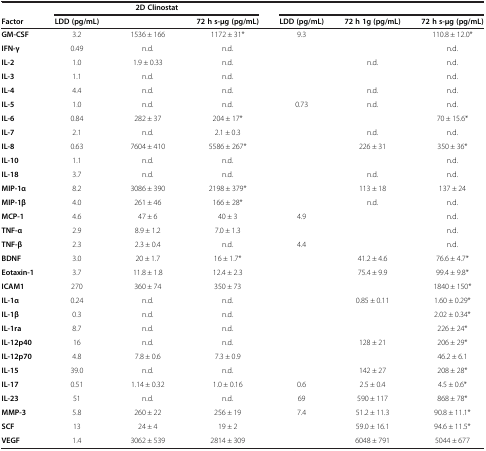
<table><thead><tr><td>[EMPTY_CELL]</td><td colspan="3"><b>2D Clinostat</b></td><td colspan="3">[EMPTY_CELL]</td></tr><tr><td><b>Factor</b></td><td><b>LDD (pg/mL)</b></td><td>[EMPTY_CELL]</td><td><b>72 h s-μg (pg/mL)</b></td><td><b>LDD (pg/mL)</b></td><td><b>72 h 1g (pg/mL)</b></td><td><b>72 h s-μg (pg/mL)</b></td></tr></thead><tbody><tr><td><b>GM-CSF</b></td><td>3.2</td><td>1536 ± 166</td><td>1172 ± 31*</td><td>9.3</td><td>[EMPTY_CELL]</td><td>110.8 ± 12.0*</td></tr><tr><td><b>IFN-γ</b></td><td>0.49</td><td>n.d.</td><td>n.d.</td><td>[EMPTY_CELL]</td><td>[EMPTY_CELL]</td><td>n.d.</td></tr><tr><td><b>IL-2</b></td><td>1.0</td><td>1.9 ± 0.33</td><td>n.d.</td><td>[EMPTY_CELL]</td><td>n.d.</td><td>n.d.</td></tr><tr><td><b>IL-3</b></td><td>1.1</td><td>n.d.</td><td>n.d.</td><td>[EMPTY_CELL]</td><td>[EMPTY_CELL]</td><td>n.d.</td></tr><tr><td><b>IL-4</b></td><td>4.4</td><td>n.d.</td><td>n.d.</td><td>[EMPTY_CELL]</td><td>n.d.</td><td>n.d.</td></tr><tr><td><b>IL-5</b></td><td>1.0</td><td>n.d.</td><td>n.d.</td><td>0.73</td><td>n.d.</td><td>n.d.</td></tr><tr><td><b>IL-6</b></td><td>0.84</td><td>282 ± 37</td><td>204 ± 17*</td><td>[EMPTY_CELL]</td><td>[EMPTY_CELL]</td><td>70 ± 15.6*</td></tr><tr><td><b>IL-7</b></td><td>2.1</td><td>n.d.</td><td>2.1 ± 0.3</td><td>[EMPTY_CELL]</td><td>n.d.</td><td>n.d.</td></tr><tr><td><b>IL-8</b></td><td>0.63</td><td>7604 ± 410</td><td>5586 ± 267*</td><td>[EMPTY_CELL]</td><td>226 ± 31</td><td>350 ± 36*</td></tr><tr><td><b>IL-10</b></td><td>1.1</td><td>n.d.</td><td>n.d.</td><td>[EMPTY_CELL]</td><td>[EMPTY_CELL]</td><td>n.d.</td></tr><tr><td><b>IL-18</b></td><td>3.7</td><td>n.d.</td><td>n.d.</td><td>[EMPTY_CELL]</td><td>n.d.</td><td>n.d.</td></tr><tr><td><b>MIP-1α</b></td><td>8.2</td><td>3086 ± 390</td><td>2198 ± 379*</td><td>[EMPTY_CELL]</td><td>113 ± 18</td><td>137 ± 24</td></tr><tr><td><b>MIP-1β</b></td><td>4.0</td><td>261 ± 46</td><td>166 ± 28*</td><td>[EMPTY_CELL]</td><td>n.d.</td><td>n.d.</td></tr><tr><td><b>MCP-1</b></td><td>4.6</td><td>47 ± 6</td><td>40 ± 3</td><td>4.9</td><td>[EMPTY_CELL]</td><td>n.d.</td></tr><tr><td><b>TNF-α</b></td><td>2.9</td><td>8.9 ± 1.2</td><td>7.0 ± 1.3</td><td>[EMPTY_CELL]</td><td>[EMPTY_CELL]</td><td>n.d.</td></tr><tr><td><b>TNF-β</b></td><td>2.3</td><td>2.3 ± 0.4</td><td>n.d.</td><td>4.4</td><td>[EMPTY_CELL]</td><td>n.d.</td></tr><tr><td><b>BDNF</b></td><td>3.0</td><td>20 ± 1.7</td><td>16 ± 1.7*</td><td>[EMPTY_CELL]</td><td>41.2 ± 4.6</td><td>76.6 ± 4.7*</td></tr><tr><td><b>Eotaxin-1</b></td><td>3.7</td><td>11.8 ± 1.8</td><td>12.4 ± 2.3</td><td>[EMPTY_CELL]</td><td>75.4 ± 9.9</td><td>99.4 ± 9.8*</td></tr><tr><td><b>ICAM1</b></td><td>270</td><td>360 ± 74</td><td>350 ± 73</td><td>[EMPTY_CELL]</td><td>[EMPTY_CELL]</td><td>1840 ± 150*</td></tr><tr><td><b>IL-1α</b></td><td>0.24</td><td>n.d.</td><td>n.d.</td><td>[EMPTY_CELL]</td><td>0.85 ± 0.11</td><td>1.60 ± 0.29*</td></tr><tr><td><b>IL-1β</b></td><td>0.3</td><td>n.d.</td><td>n.d.</td><td>[EMPTY_CELL]</td><td>[EMPTY_CELL]</td><td>2.02 ± 0.34*</td></tr><tr><td><b>IL-1ra</b></td><td>8.7</td><td>n.d.</td><td>n.d.</td><td>[EMPTY_CELL]</td><td>[EMPTY_CELL]</td><td>226 ± 24*</td></tr><tr><td><b>IL-12p40</b></td><td>16</td><td>n.d.</td><td>n.d.</td><td>[EMPTY_CELL]</td><td>128 ± 21</td><td>206 ± 29*</td></tr><tr><td><b>IL-12p70</b></td><td>4.8</td><td>7.8 ± 0.6</td><td>7.3 ± 0.9</td><td>[EMPTY_CELL]</td><td>[EMPTY_CELL]</td><td>46.2 ± 6.1</td></tr><tr><td><b>IL-15</b></td><td>39.0</td><td>n.d.</td><td>n.d.</td><td>[EMPTY_CELL]</td><td>142 ± 27</td><td>208 ± 28*</td></tr><tr><td><b>IL-17</b></td><td>0.51</td><td>1.14 ± 0.32</td><td>1.0 ± 0.16</td><td>0.6</td><td>2.5 ± 0.4</td><td>4.5 ± 0.6*</td></tr><tr><td><b>IL-23</b></td><td>51</td><td>n.d.</td><td>n.d.</td><td>69</td><td>590 ± 117</td><td>868 ± 78*</td></tr><tr><td><b>MMP-3</b></td><td>5.8</td><td>260 ± 22</td><td>256 ± 19</td><td>7.4</td><td>51.2 ± 11.3</td><td>90.8 ± 11.1*</td></tr><tr><td><b>SCF</b></td><td>13</td><td>24 ± 4</td><td>19 ± 2</td><td>[EMPTY_CELL]</td><td>59.0 ± 16.1</td><td>94.6 ± 11.5*</td></tr><tr><td><b>VEGF</b></td><td>1.4</td><td>3062 ± 539</td><td>2814 ± 309</td><td>[EMPTY_CELL]</td><td>6048 ± 791</td><td>5044 ± 677</td></tr></tbody></table>